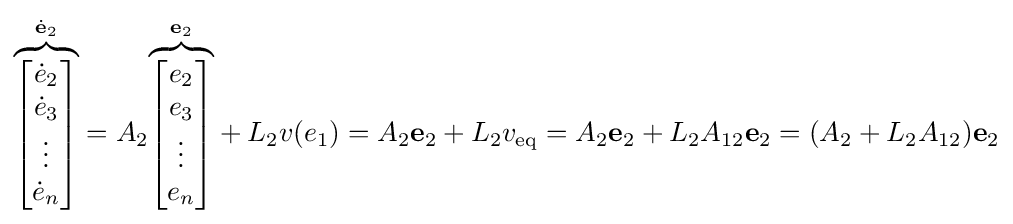
{\mathord {\overbrace {\begin{bmatrix}{\dot {e}}_{2}\\{\dot {e}}_{3}\\\vdots \\{\dot {e}}_{n}\end{bmatrix}} ^{{\dot {\mathbf {e} }}_{2}}}}=A_{2}{\mathord {\overbrace {\begin{bmatrix}e_{2}\\e_{3}\\\vdots \\e_{n}\end{bmatrix}} ^{\mathbf {e} _{2}}}}+L_{2}v(e_{1})=A_{2}\mathbf {e} _{2}+L_{2}v_{\text{eq}}=A_{2}\mathbf {e} _{2}+L_{2}A_{12}\mathbf {e} _{2}=(A_{2}+L_{2}A_{12})\mathbf {e} _{2}